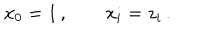
LaTeX: x _ { 0 } = 1 \, , \qquad x _ { i } = z _ { i } \, .